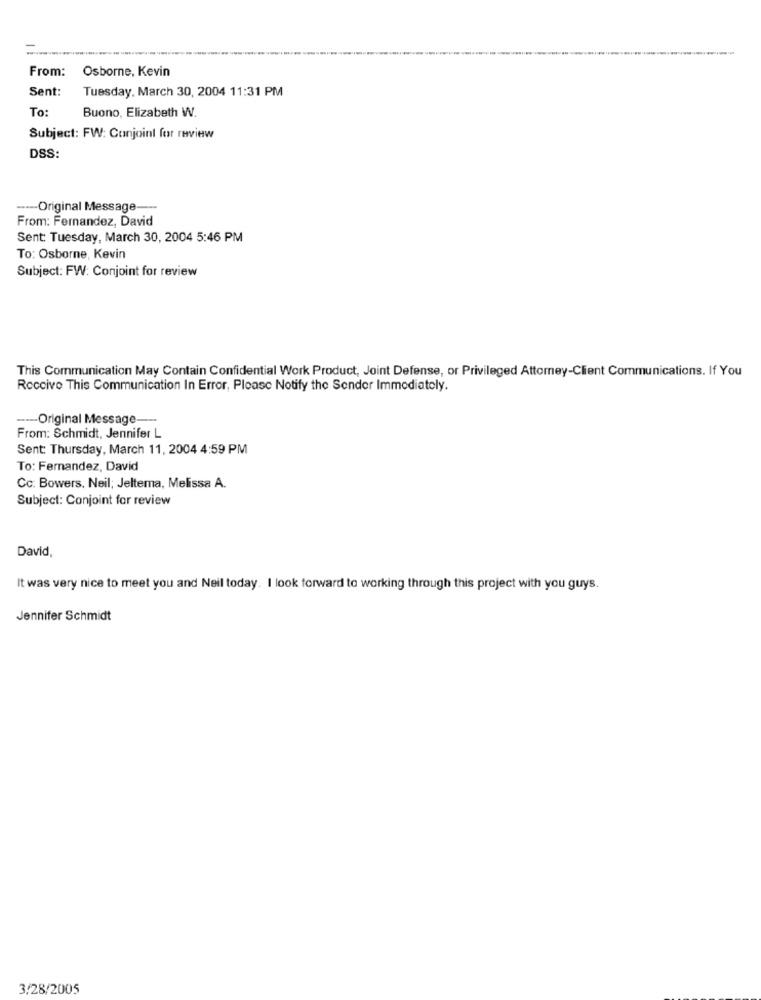
From:
Osborne, Kevin
Sent:
Tuesday, March 30, 2004 11:31 PM
To:
Buono, Elizabeth W.
Subject: FW: Conjoint for review
DSS:
----- Original Message-
From: Fernandez, David
Sent: Tuesday, March 30, 2004 5:46 PM
To: Osborne, Kevin
Subject: FW: Conjoint for review
This Communication May Contain Confidential Work Product, Joint Defense, or Privileged Attorney-Client Communications. If You
Receive This Communication In Error, Please Notify the Sender Immediately.
---- Original Message ---
From: Schmidt, Jennifer L
Sent: Thursday, March 11, 2004 4:59 PM
To: Fernandez, David
Cc: Bowers. Neil; Jeltema, Melissa A.
Subject: Conjoint for review
David,
It was very nice to meet you and Neil today. I look forward to working through this project with you guys.
Jennifer Schmidt
3/28/2005